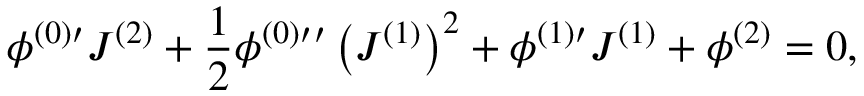
\phi ^ { ( 0 ) \prime } J ^ { ( 2 ) } + \frac { 1 } { 2 } \phi ^ { ( 0 ) \prime \prime } \left( J ^ { ( 1 ) } \right) ^ { 2 } + \phi ^ { ( 1 ) \prime } J ^ { ( 1 ) } + \phi ^ { ( 2 ) } = 0 , \,